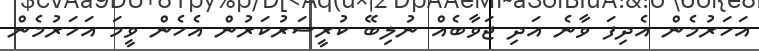
އަހަރުމެން އެދިފަ ވާނެ އަދި ޖަވާބެއް ނުލިބޭ ކުރީސަރުކަރުން އެހެން ވީމަ އަހަރުމެން